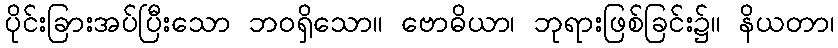
ပိုင်းခြားအပ်ပြီးသော ဘဝရှိသော။ ဗောဓိယာ၊ ဘုရားဖြစ်ခြင်း၌။ နိယတာ၊